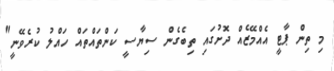
މި ތިން ޕާޓީ އެއްމޭޒެއް ދޮށުގައި ތިބެގެން ސިޔާސީ ކަންތައްތައް ހައްލު ކުރެވޭނީ"